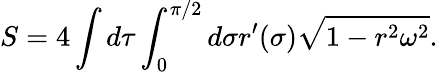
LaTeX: S=4\int d\tau\int_{0}^{\pi/2}d\sigma r^{\prime}(\sigma)\sqrt{1-r^{2}\omega^{2}}.